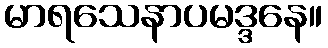
မာရသေနာပမဒ္ဒနေ။